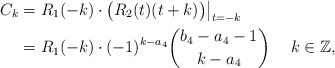
\begin{align*}C_k&=R_1(-k)\cdot\bigl(R_2(t)(t+k)\bigr)\big|_{t=-k}\\&=R_1(-k)\cdot(-1)^{k-a_4}\binom{b_4-a_4-1}{k-a_4}\quad\; k\in\mathbb Z,\end{align*}